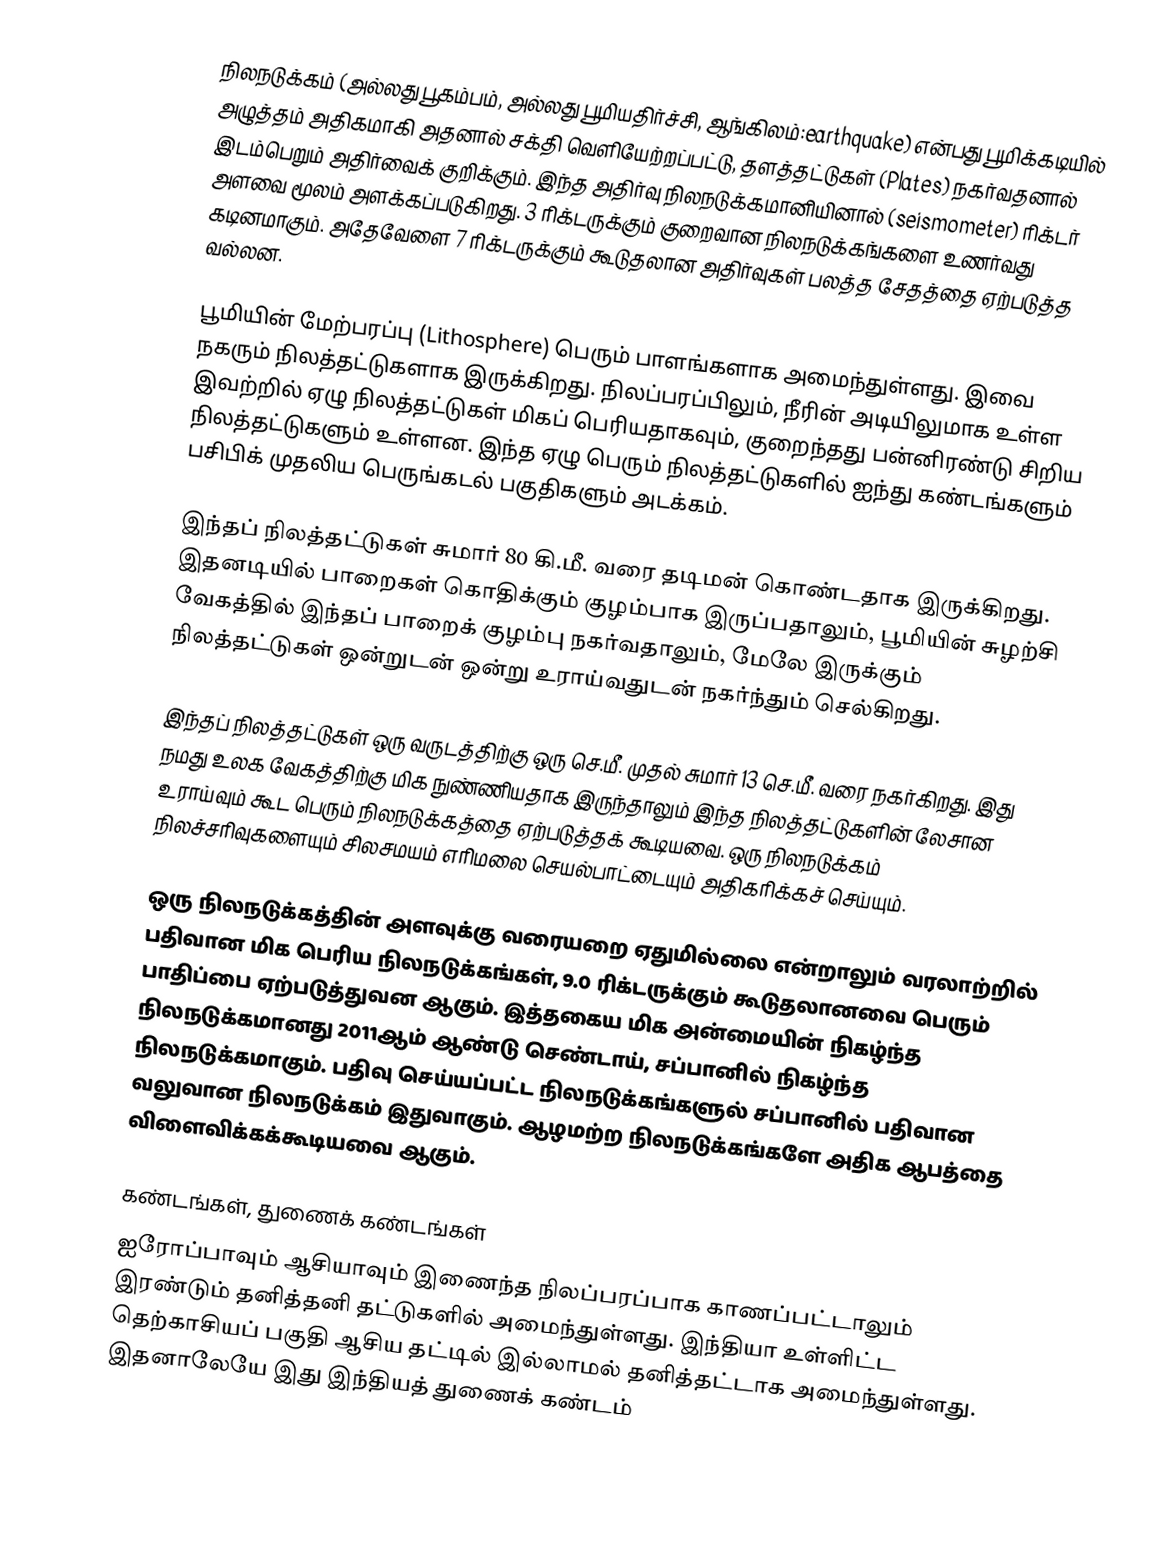
நிலநடுக்கம் (அல்லது பூகம்பம், அல்லது பூமியதிர்ச்சி, ஆங்கிலம்:earthquake) என்பது பூமிக்கடியில் அழுத்தம் அதிகமாகி அதனால் சக்தி வெளியேற்றப்பட்டு, தளத்தட்டுகள் (Plates) நகர்வதனால் இடம்பெறும் அதிர்வைக் குறிக்கும். இந்த அதிர்வு நிலநடுக்கமானியினால் (seismometer) ரிக்டர் அளவை மூலம் அளக்கப்படுகிறது. 3 ரிக்டருக்கும் குறைவான நிலநடுக்கங்களை உணர்வது கடினமாகும். அதேவேளை 7 ரிக்டருக்கும் கூடுதலான அதிர்வுகள் பலத்த சேதத்தை ஏற்படுத்த வல்லன.

பூமியின் மேற்பரப்பு (Lithosphere) பெரும் பாளங்களாக அமைந்துள்ளது. இவை நகரும் நிலத்தட்டுகளாக இருக்கிறது. நிலப்பரப்பிலும், நீரின் அடியிலுமாக உள்ள இவற்றில் ஏழு நிலத்தட்டுகள் மிகப் பெரியதாகவும், குறைந்தது பன்னிரண்டு சிறிய நிலத்தட்டுகளும் உள்ளன. இந்த ஏழு பெரும் நிலத்தட்டுகளில் ஐந்து கண்டங்களும் பசிபிக் முதலிய பெருங்கடல் பகுதிகளும் அடக்கம்.

இந்தப் நிலத்தட்டுகள் சுமார் 80 கி.மீ. வரை தடிமன் கொண்டதாக இருக்கிறது. இதனடியில் பாறைகள் கொதிக்கும் குழம்பாக இருப்பதாலும், பூமியின் சுழற்சி வேகத்தில் இந்தப் பாறைக் குழம்பு நகர்வதாலும், மேலே இருக்கும் நிலத்தட்டுகள் ஒன்றுடன் ஒன்று உராய்வதுடன் நகர்ந்தும் செல்கிறது.

இந்தப் நிலத்தட்டுகள் ஒரு வருடத்திற்கு ஒரு செ.மீ. முதல் சுமார் 13 செ.மீ. வரை நகர்கிறது. இது நமது உலக வேகத்திற்கு மிக நுண்ணியதாக இருந்தாலும் இந்த நிலத்தட்டுகளின் லேசான உராய்வும் கூட பெரும் நிலநடுக்கத்தை ஏற்படுத்தக் கூடியவை. ஒரு நிலநடுக்கம் நிலச்சரிவுகளையும் சிலசமயம் எரிமலை செயல்பாட்டையும் அதிகரிக்கச் செய்யும்.

ஒரு நிலநடுக்கத்தின் அளவுக்கு வரையறை ஏதுமில்லை என்றாலும் வரலாற்றில் பதிவான மிக பெரிய நிலநடுக்கங்கள், 9.0 ரிக்டருக்கும் கூடுதலானவை பெரும் பாதிப்பை ஏற்படுத்துவன ஆகும். இத்தகைய மிக அன்மையின் நிகழ்ந்த நிலநடுக்கமானது 2011ஆம் ஆண்டு செண்டாய், சப்பானில் நிகழ்ந்த நிலநடுக்கமாகும். பதிவு செய்யப்பட்ட நிலநடுக்கங்களுல் சப்பானில் பதிவான வலுவான நிலநடுக்கம் இதுவாகும். ஆழமற்ற நிலநடுக்கங்களே அதிக ஆபத்தை விளைவிக்கக்கூடியவை ஆகும்.

கண்டங்கள், துணைக் கண்டங்கள்
ஐரோப்பாவும் ஆசியாவும் இணைந்த நிலப்பரப்பாக காணப்பட்டாலும் இரண்டும் தனித்தனி தட்டுகளில் அமைந்துள்ளது. இந்தியா உள்ளிட்ட தெற்காசியப் பகுதி ஆசிய தட்டில் இல்லாமல் தனித்தட்டாக அமைந்துள்ளது. இதனாலேயே இது இந்தியத் துணைக் கண்டம்